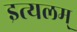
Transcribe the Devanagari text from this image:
इत्यलम्